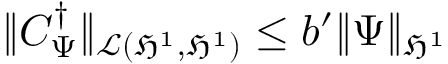
\| C _ { \Psi } ^ { \dag } \| _ { \mathcal { L } ( \mathfrak { H } ^ { 1 } , \mathfrak { H } ^ { 1 } ) } \le b ^ { \prime } \| \Psi \| _ { \mathfrak { H } ^ { 1 } }